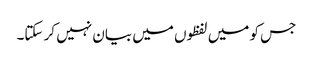
جس کو میں لفظوں میں بیان نہیں کر سکتا۔